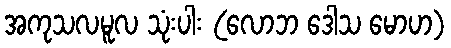
အကုသလမူလ သုံးပါး (လောဘ ဒေါသ မောဟ)